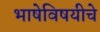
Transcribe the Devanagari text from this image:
भाषेविषयीचे